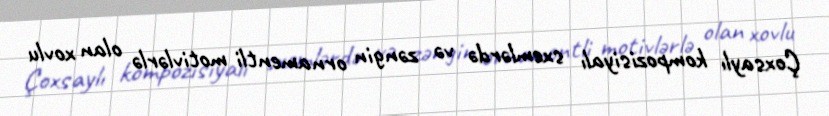
Çoxsaylı kompozisiyalı sxemlərdə və zəngin ornamentli motivlərlə olan xovlu